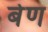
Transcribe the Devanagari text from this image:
बेण